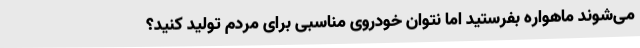
می‌شوند ماهواره بفرستید اما نتوان خودروی مناسبی برای مردم تولید کنید؟